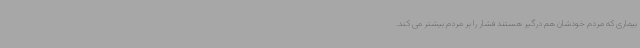
بیماری که مردم خودشان هم درگیر هستند فشار را بر مردم بیشتر می کند.